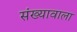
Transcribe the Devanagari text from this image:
संख्यावाला